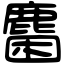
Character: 𪊽